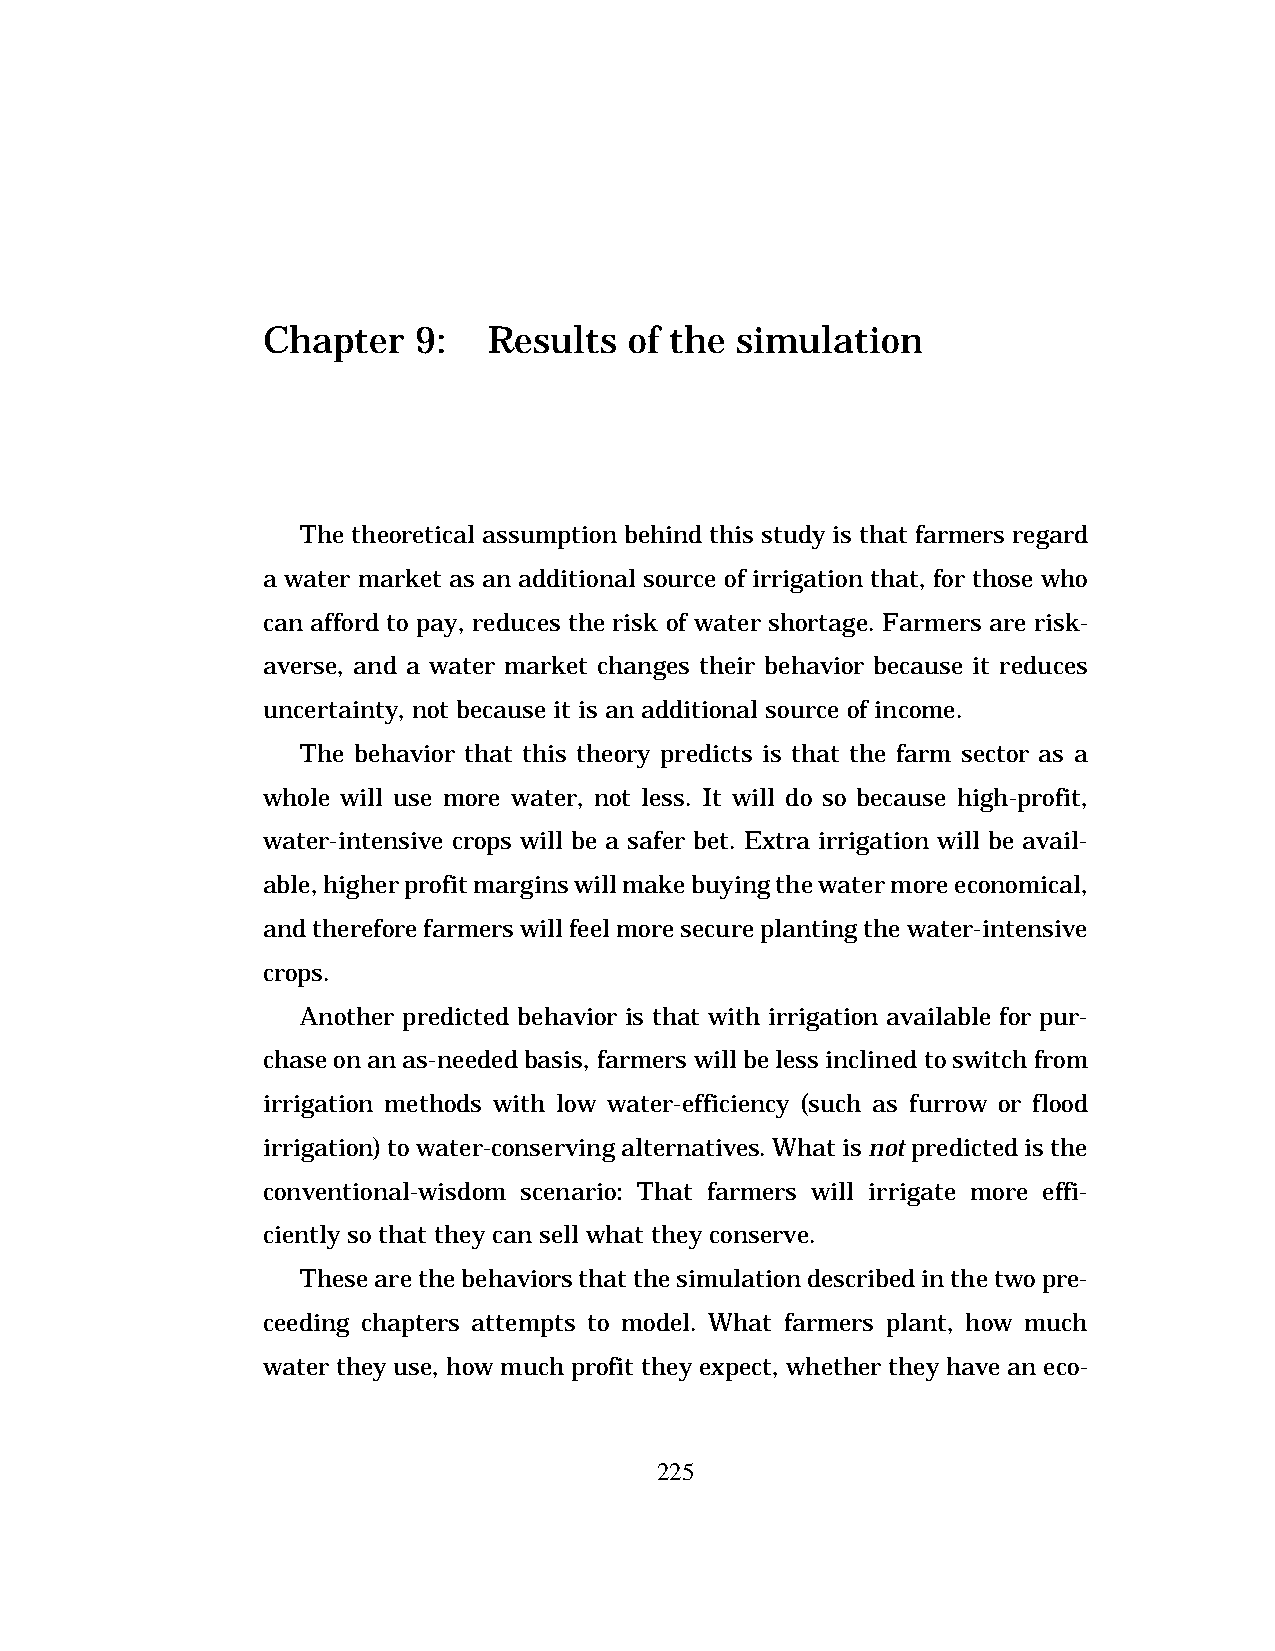
Chapter    9:  Results   of the simulation
 The theoretical assumption behind this study is that farmers regard
 a water market as an additional source of irrigation that, for those who
 can afford to pay, reduces the risk of water shortage. Farmers are risk-
 averse, and a water market changes their behavior because it reduces
 uncertainty, not because it is an additional source of income.
 The behavior that this theory predicts is that the farm sector as a
 whole will use more water, not less. It will do so because high-profit,
 water-intensive crops will be a safer bet. Extra irrigation will be avail-
 able, higher profit margins will make buying the water more economical,
 and therefore farmers will feel more secure planting the water-intensive
 crops.
 Another predicted behavior is that with irrigation available for pur-
 chase on an as-needed basis, farmers will be less inclined to switch from
 irrigation methods with low water-efficiency (such as furrow or flood
 irrigation) to water-conserving alternatives. What is not predicted is the
 conventional-wisdom scenario: That farmers will irrigate more effi-
 ciently so that they can sell what they conserve.
 These are the behaviors that the simulation described in the two pre-
 ceeding chapters attempts to model. What farmers plant, how much
 water they use, how much profit they expect, whether they have an eco-
 225